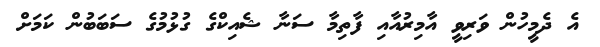
އެ ދެމީހުން ވަރިވީ އާމިރުއާއި ފާތިމާ ސަނާ ޝެއިކްގެ ގުޅުމުގެ ސަބަބުން ކަމަށް